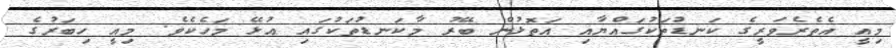
މިއީ އެތެރެވަރީގެ ކަނޑުތަކުގައްޔާއި އަތޮޅުން ބޭރު މާކަނޑުތަކުގައި އުޅޭ މަހެކެވެ. މިއީ ހިބަރުގެ